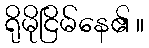
ရိုမိုငြိမ်နေ၏ ။